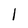
Character: l